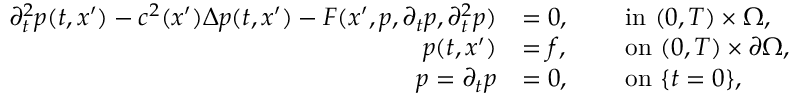
\begin{array} { r l r l } { \partial _ { t } ^ { 2 } p ( t , x ^ { \prime } ) - c ^ { 2 } ( x ^ { \prime } ) \Delta p ( t , x ^ { \prime } ) - F ( x ^ { \prime } , p , \partial _ { t } p , \partial _ { t } ^ { 2 } p ) } & { = 0 , } & { \ } & { \mathrm { i n ~ } ( 0 , T ) \times \Omega , } \\ { p ( t , x ^ { \prime } ) } & { = f , } & { \ } & { \mathrm { o n ~ } ( 0 , T ) \times \partial \Omega , } \\ { p = { \partial _ { t } p } } & { = 0 , } & { \ } & { \mathrm { o n ~ } \{ t = 0 \} , } \end{array}